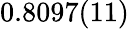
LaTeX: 0.8097(11)